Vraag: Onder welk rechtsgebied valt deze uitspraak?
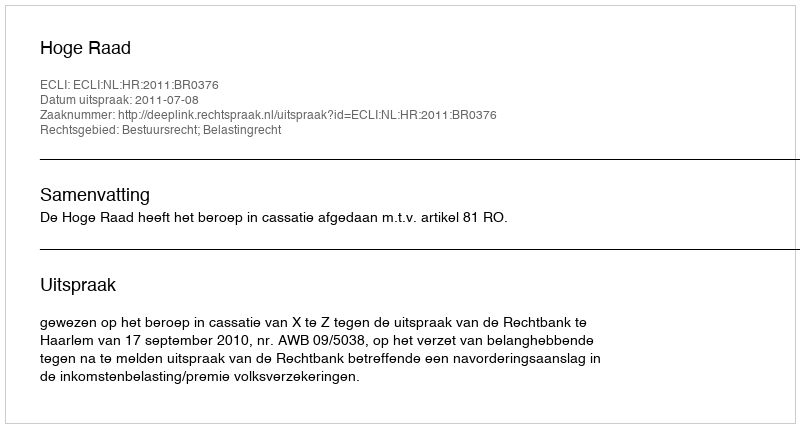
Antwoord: Bestuursrecht; Belastingrecht